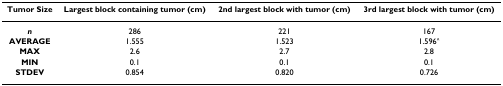
<table><thead><tr><td><b>Tumor Size</b></td><td><b>Largest block containing tumor (cm)</b></td><td><b>2nd largest block with tumor (cm)</b></td><td><b>3rd largest block with tumor (cm)</b></td></tr></thead><tbody><tr><td><b><i>n</i></b></td><td>286</td><td>221</td><td>167</td></tr><tr><td><b>AVERAGE</b></td><td>1.555</td><td>1.523</td><td>1.596<sup>^</sup></td></tr><tr><td><b>MAX</b></td><td>2.6</td><td>2.7</td><td>2.8</td></tr><tr><td><b>MIN</b></td><td>0.1</td><td>0.1</td><td>0.1</td></tr><tr><td><b>STDEV</b></td><td>0.854</td><td>0.820</td><td>0.726</td></tr></tbody></table>